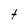
Character: t